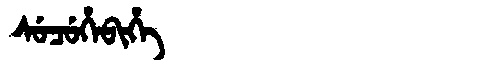
Manchu: ᠰᡠᠴᡠᡥᡝᠪᡳᡥᡝ
Romanization: SUCUHEBIHE